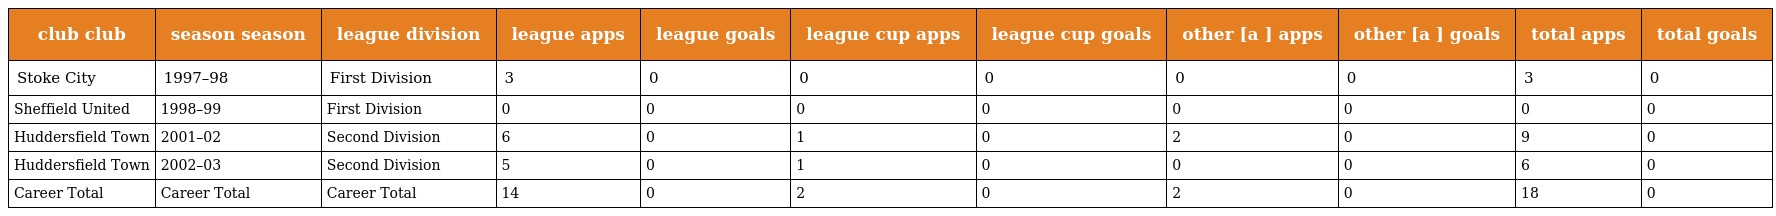
| club club | season season | league division | league apps | league goals | league cup apps | league cup goals | other [a ] apps | other [a ] goals | total apps | total goals |
 | --- | --- | --- | --- | --- | --- | --- | --- | --- | --- | --- |
 | Stoke City | 1997–98 | First Division | 3 | 0 | 0 | 0 | 0 | 0 | 3 | 0 |
 | Sheffield United | 1998–99 | First Division | 0 | 0 | 0 | 0 | 0 | 0 | 0 | 0 |
 | Huddersfield Town | 2001–02 | Second Division | 6 | 0 | 1 | 0 | 2 | 0 | 9 | 0 |
 | Huddersfield Town | 2002–03 | Second Division | 5 | 0 | 1 | 0 | 0 | 0 | 6 | 0 |
 | Career Total | Career Total | Career Total | 14 | 0 | 2 | 0 | 2 | 0 | 18 | 0 |